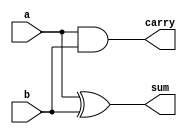
module ha (
	input a,
	input b,
	output sum,
	output carry
);

assign sum = a ^ b;  // sum is xor of both inputs
assign carry = a & b;

endmodule